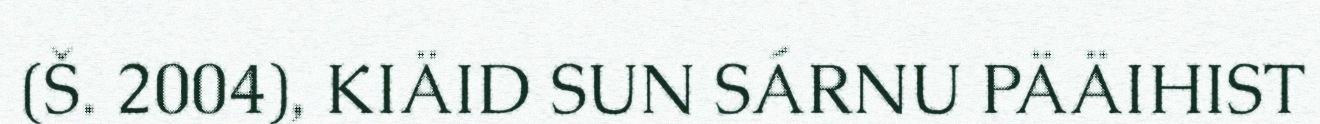
(Š. 2004), KIÄID SUN SÁRNU PÄÄIHIST